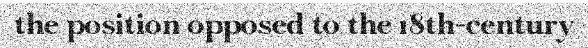
the position opposed to the 18th-century